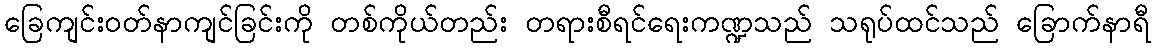
ခြေကျင်းဝတ်နာကျင်ခြင်းကို တစ်ကိုယ်တည်း တရားစီရင်ရေးကဏ္ဍသည် သရုပ်ထင်သည် ခြောက်နာရီ